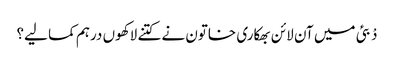
دْبئی میں آن لائن بھکاری خاتون نے کتنے لاکھوں درہم کما لیے؟